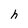
Character: e